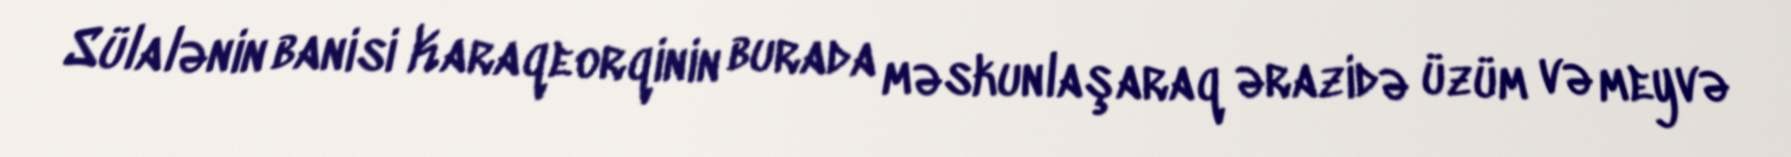
Sülalənin banisi Karaqeorqinin burada məskunlaşaraq ərazidə üzüm və meyvə